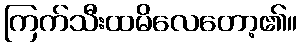
ကြက်သီးထမိလေတော့၏။